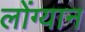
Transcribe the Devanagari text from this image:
लोंग्यान